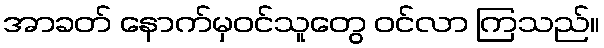
အာခတ် နောက်မှဝင်သူတွေ ဝင်လာ ကြသည်။